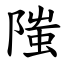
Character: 䧝